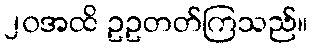
၂၀အထိ ဥဥတတ်ကြသည်။